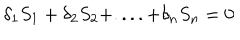
\delta _ { 1 } S _ { 1 } + \delta _ { 2 } S _ { 2 } + . . . . + \delta _ { n } S _ { n } = 0